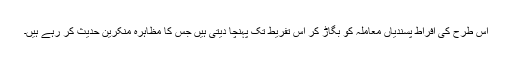
اس طرح کی افراط پسندیاں معاملہ کو بگاڑ کر اس تفریط تک پہنچا دیتی ہیں جس کا مظاہرہ منکرین حدیث کر رہے ہیں۔